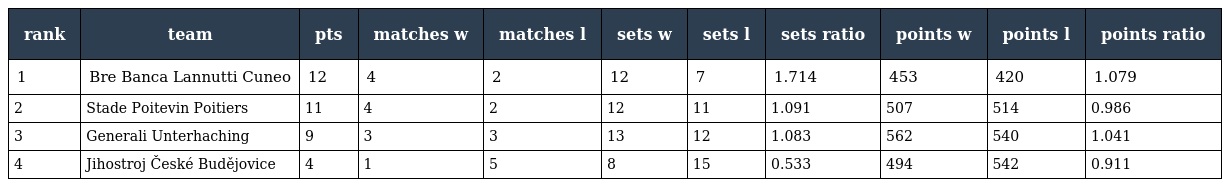
| rank | team | pts | matches w | matches l | sets w | sets l | sets ratio | points w | points l | points ratio |
 | --- | --- | --- | --- | --- | --- | --- | --- | --- | --- | --- |
 | 1 | Bre Banca Lannutti Cuneo | 12 | 4 | 2 | 12 | 7 | 1.714 | 453 | 420 | 1.079 |
 | 2 | Stade Poitevin Poitiers | 11 | 4 | 2 | 12 | 11 | 1.091 | 507 | 514 | 0.986 |
 | 3 | Generali Unterhaching | 9 | 3 | 3 | 13 | 12 | 1.083 | 562 | 540 | 1.041 |
 | 4 | Jihostroj České Budějovice | 4 | 1 | 5 | 8 | 15 | 0.533 | 494 | 542 | 0.911 |